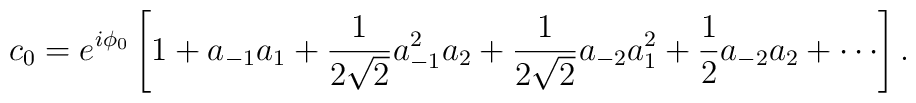
c_0 = e^{i \phi_0} \left[ 1 + a_{-1} a_1 +\frac{1}{2\sqrt{2}} a_{-1}^2a_{2} +\frac{1}{2\sqrt{2}} a_{-2} a_{1}^2 +\frac{1}{2} a_{-2} a_{2} +\cdots \right].